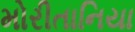
મોરીતાનિયા